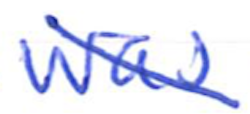
Text: was
Cross-out: mix
Writing tool: ballpoint